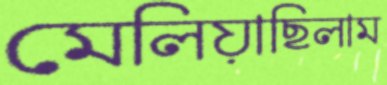
মেলিয়াছিলাম